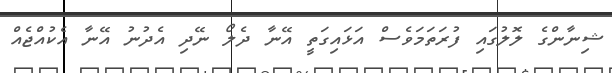
ޝިނާންގެ ލޮލުގައި ފުރަތަމަވެސް އަޅައިގަތީ އޭނާ ދެލޯ ނޭދި އެދުނު އޭނާ އެކުއްޖެއް